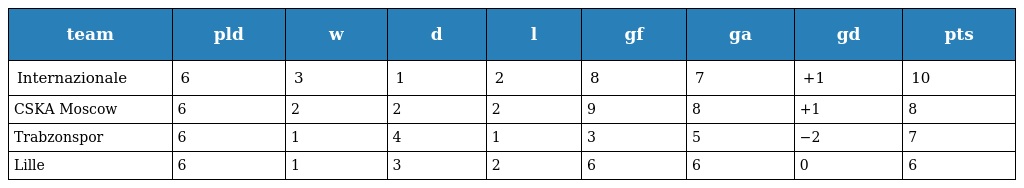
| team | pld | w | d | l | gf | ga | gd | pts |
 | --- | --- | --- | --- | --- | --- | --- | --- | --- |
 | Internazionale | 6 | 3 | 1 | 2 | 8 | 7 | +1 | 10 |
 | CSKA Moscow | 6 | 2 | 2 | 2 | 9 | 8 | +1 | 8 |
 | Trabzonspor | 6 | 1 | 4 | 1 | 3 | 5 | −2 | 7 |
 | Lille | 6 | 1 | 3 | 2 | 6 | 6 | 0 | 6 |